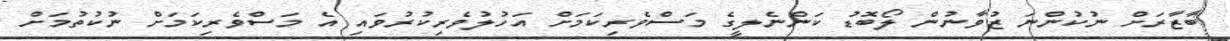
ބާޒާރަށް ނުކުންނަ ޒުވާނުން ލޯބޮޑު ކަންނެލީގެ މަސްވެރިކަމަށް އަހުލުވެރިކުރުވައި އެ މަސްވެރިކަމަށް ނުކުތުމަށް